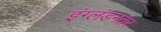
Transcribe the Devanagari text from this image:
इंग्लंडनंतर